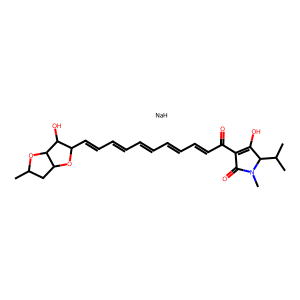
SMILES: CC1CC2OC(C=CC=CC=CC=CC=CC(=O)C3=C(O)C(C(C)C)N(C)C3=O)C(O)C2O1.[NaH]
Inhibits HIV replication: No